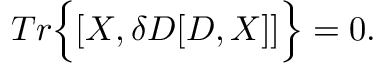
T r \Big \{ [ X , \delta D [ D , X ] ] \Big \} = 0 .